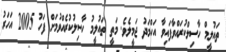
ތައުލީމް ހާސިލްކުރައްވާފައިވާ އަހްމަދު ޖަމީލެވެ. މަތީ ތައުލީމު ހާސިލުކުރެއްވުމަށް ފަހު 2005 އަހަރު